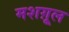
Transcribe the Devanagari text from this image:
मशग़ूल